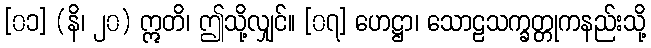
[၀၁] (နိ၊ ၂၀) ဣတိ၊ ဤသို့လျှင်။ [၀၇] ဟေဋ္ဌာ၊ သောဠသက္ခတ္တုကနည်းသို့